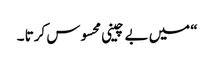
“ میں بے چینی محسوس کرتا ۔